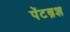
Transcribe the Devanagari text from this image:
पेंटब्रश